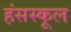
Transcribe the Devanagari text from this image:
हंसस्कूल